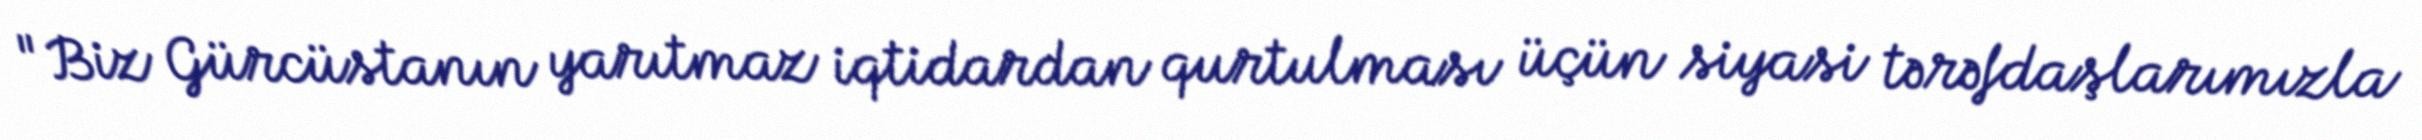
"Biz Gürcüstanın yarıtmaz iqtidardan qurtulması üçün siyasi tərəfdaşlarımızla